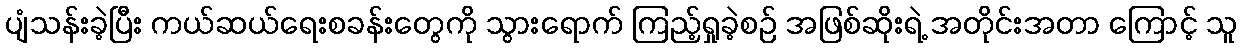
ပျံသန်းခဲ့ပြီး ကယ်ဆယ်ရေးစခန်းတွေကို သွားရောက် ကြည့်ရှုခဲ့စဉ် အဖြစ်ဆိုးရဲ့ အတိုင်းအတာ ကြောင့် သူ